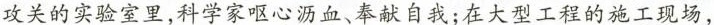
攻关的实验室里，科学家呕心沥血、奉献自我；在大型工程的施工现场，